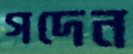
গদেন